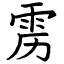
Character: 雳